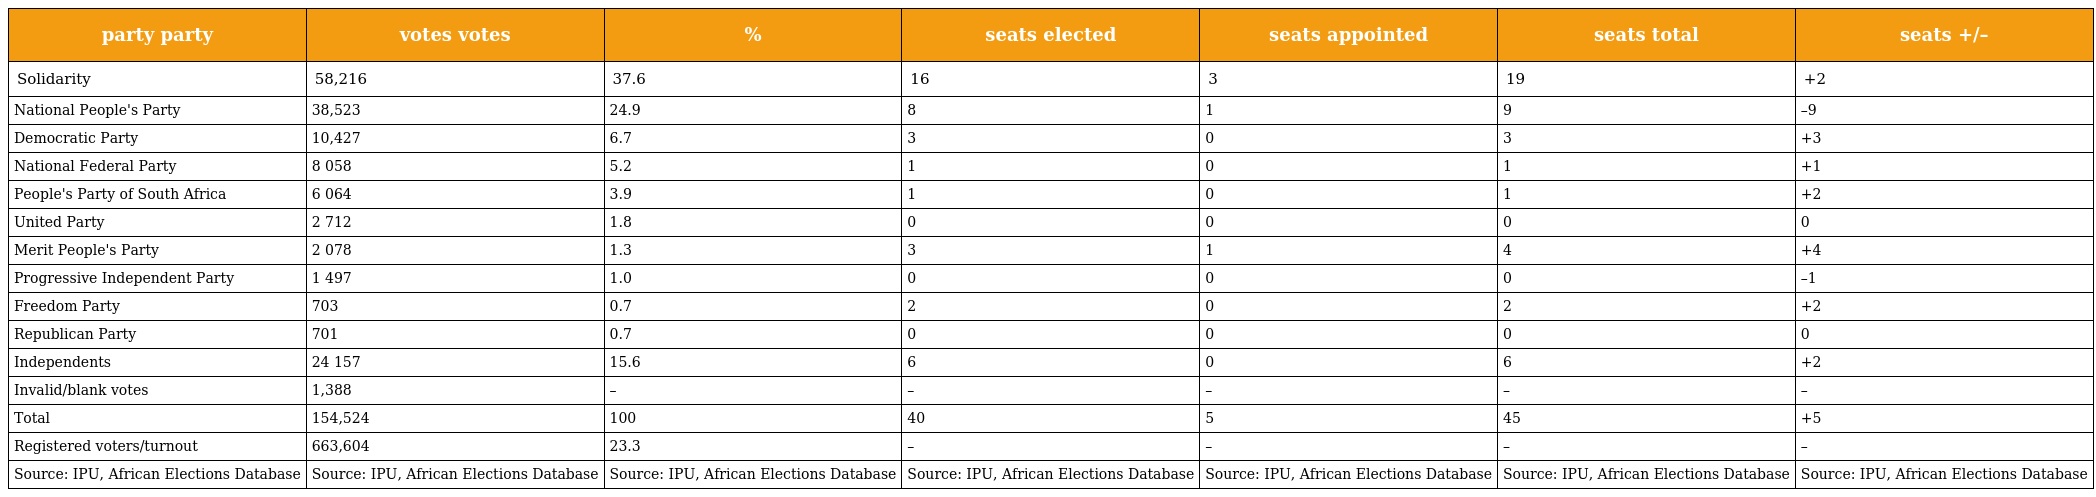
| party party | votes votes | % | seats elected | seats appointed | seats total | seats +/– |
 | --- | --- | --- | --- | --- | --- | --- |
 | Solidarity | 58,216 | 37.6 | 16 | 3 | 19 | +2 |
 | National People's Party | 38,523 | 24.9 | 8 | 1 | 9 | –9 |
 | Democratic Party | 10,427 | 6.7 | 3 | 0 | 3 | +3 |
 | National Federal Party | 8 058 | 5.2 | 1 | 0 | 1 | +1 |
 | People's Party of South Africa | 6 064 | 3.9 | 1 | 0 | 1 | +2 |
 | United Party | 2 712 | 1.8 | 0 | 0 | 0 | 0 |
 | Merit People's Party | 2 078 | 1.3 | 3 | 1 | 4 | +4 |
 | Progressive Independent Party | 1 497 | 1.0 | 0 | 0 | 0 | –1 |
 | Freedom Party | 703 | 0.7 | 2 | 0 | 2 | +2 |
 | Republican Party | 701 | 0.7 | 0 | 0 | 0 | 0 |
 | Independents | 24 157 | 15.6 | 6 | 0 | 6 | +2 |
 | Invalid/blank votes | 1,388 | – | – | – | – | – |
 | Total | 154,524 | 100 | 40 | 5 | 45 | +5 |
 | Registered voters/turnout | 663,604 | 23.3 | – | – | – | – |
 | Source: IPU, African Elections Database | Source: IPU, African Elections Database | Source: IPU, African Elections Database | Source: IPU, African Elections Database | Source: IPU, African Elections Database | Source: IPU, African Elections Database | Source: IPU, African Elections Database |